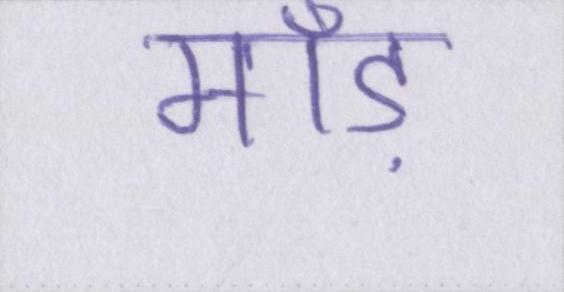
माँड़